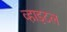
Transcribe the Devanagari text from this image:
व्हाइटल